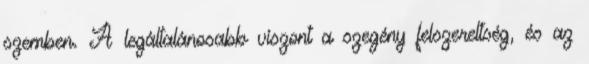
szemben. A legáltalánosabb viszont a szegény felszereltség, és az